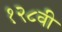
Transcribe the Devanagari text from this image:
१२८वी